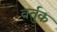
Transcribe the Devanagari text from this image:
वर्तुक